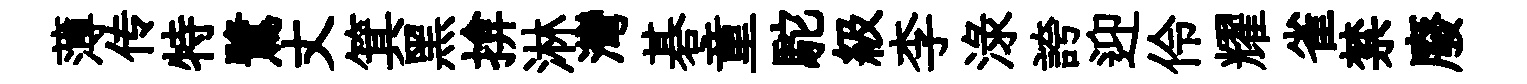
薄传特鷺丈箕黑揜淋灣碁童駝級李渌誇迎伶耀雀禁廢